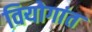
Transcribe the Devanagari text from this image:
वियोगांत